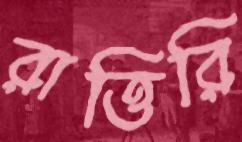
রাত্তিরি